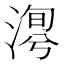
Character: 𣹯